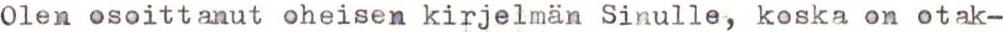
Olen osoittanut oheisen kirjelmän Sinulle, koska on otak-